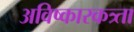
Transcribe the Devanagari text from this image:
अविष्कारकत्र्ता